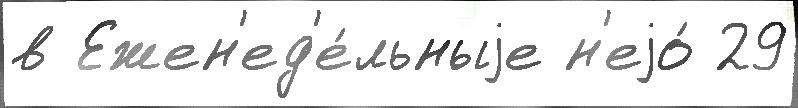
в Ежен'ед'е́льныjе н'еjо́ 29